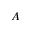
A